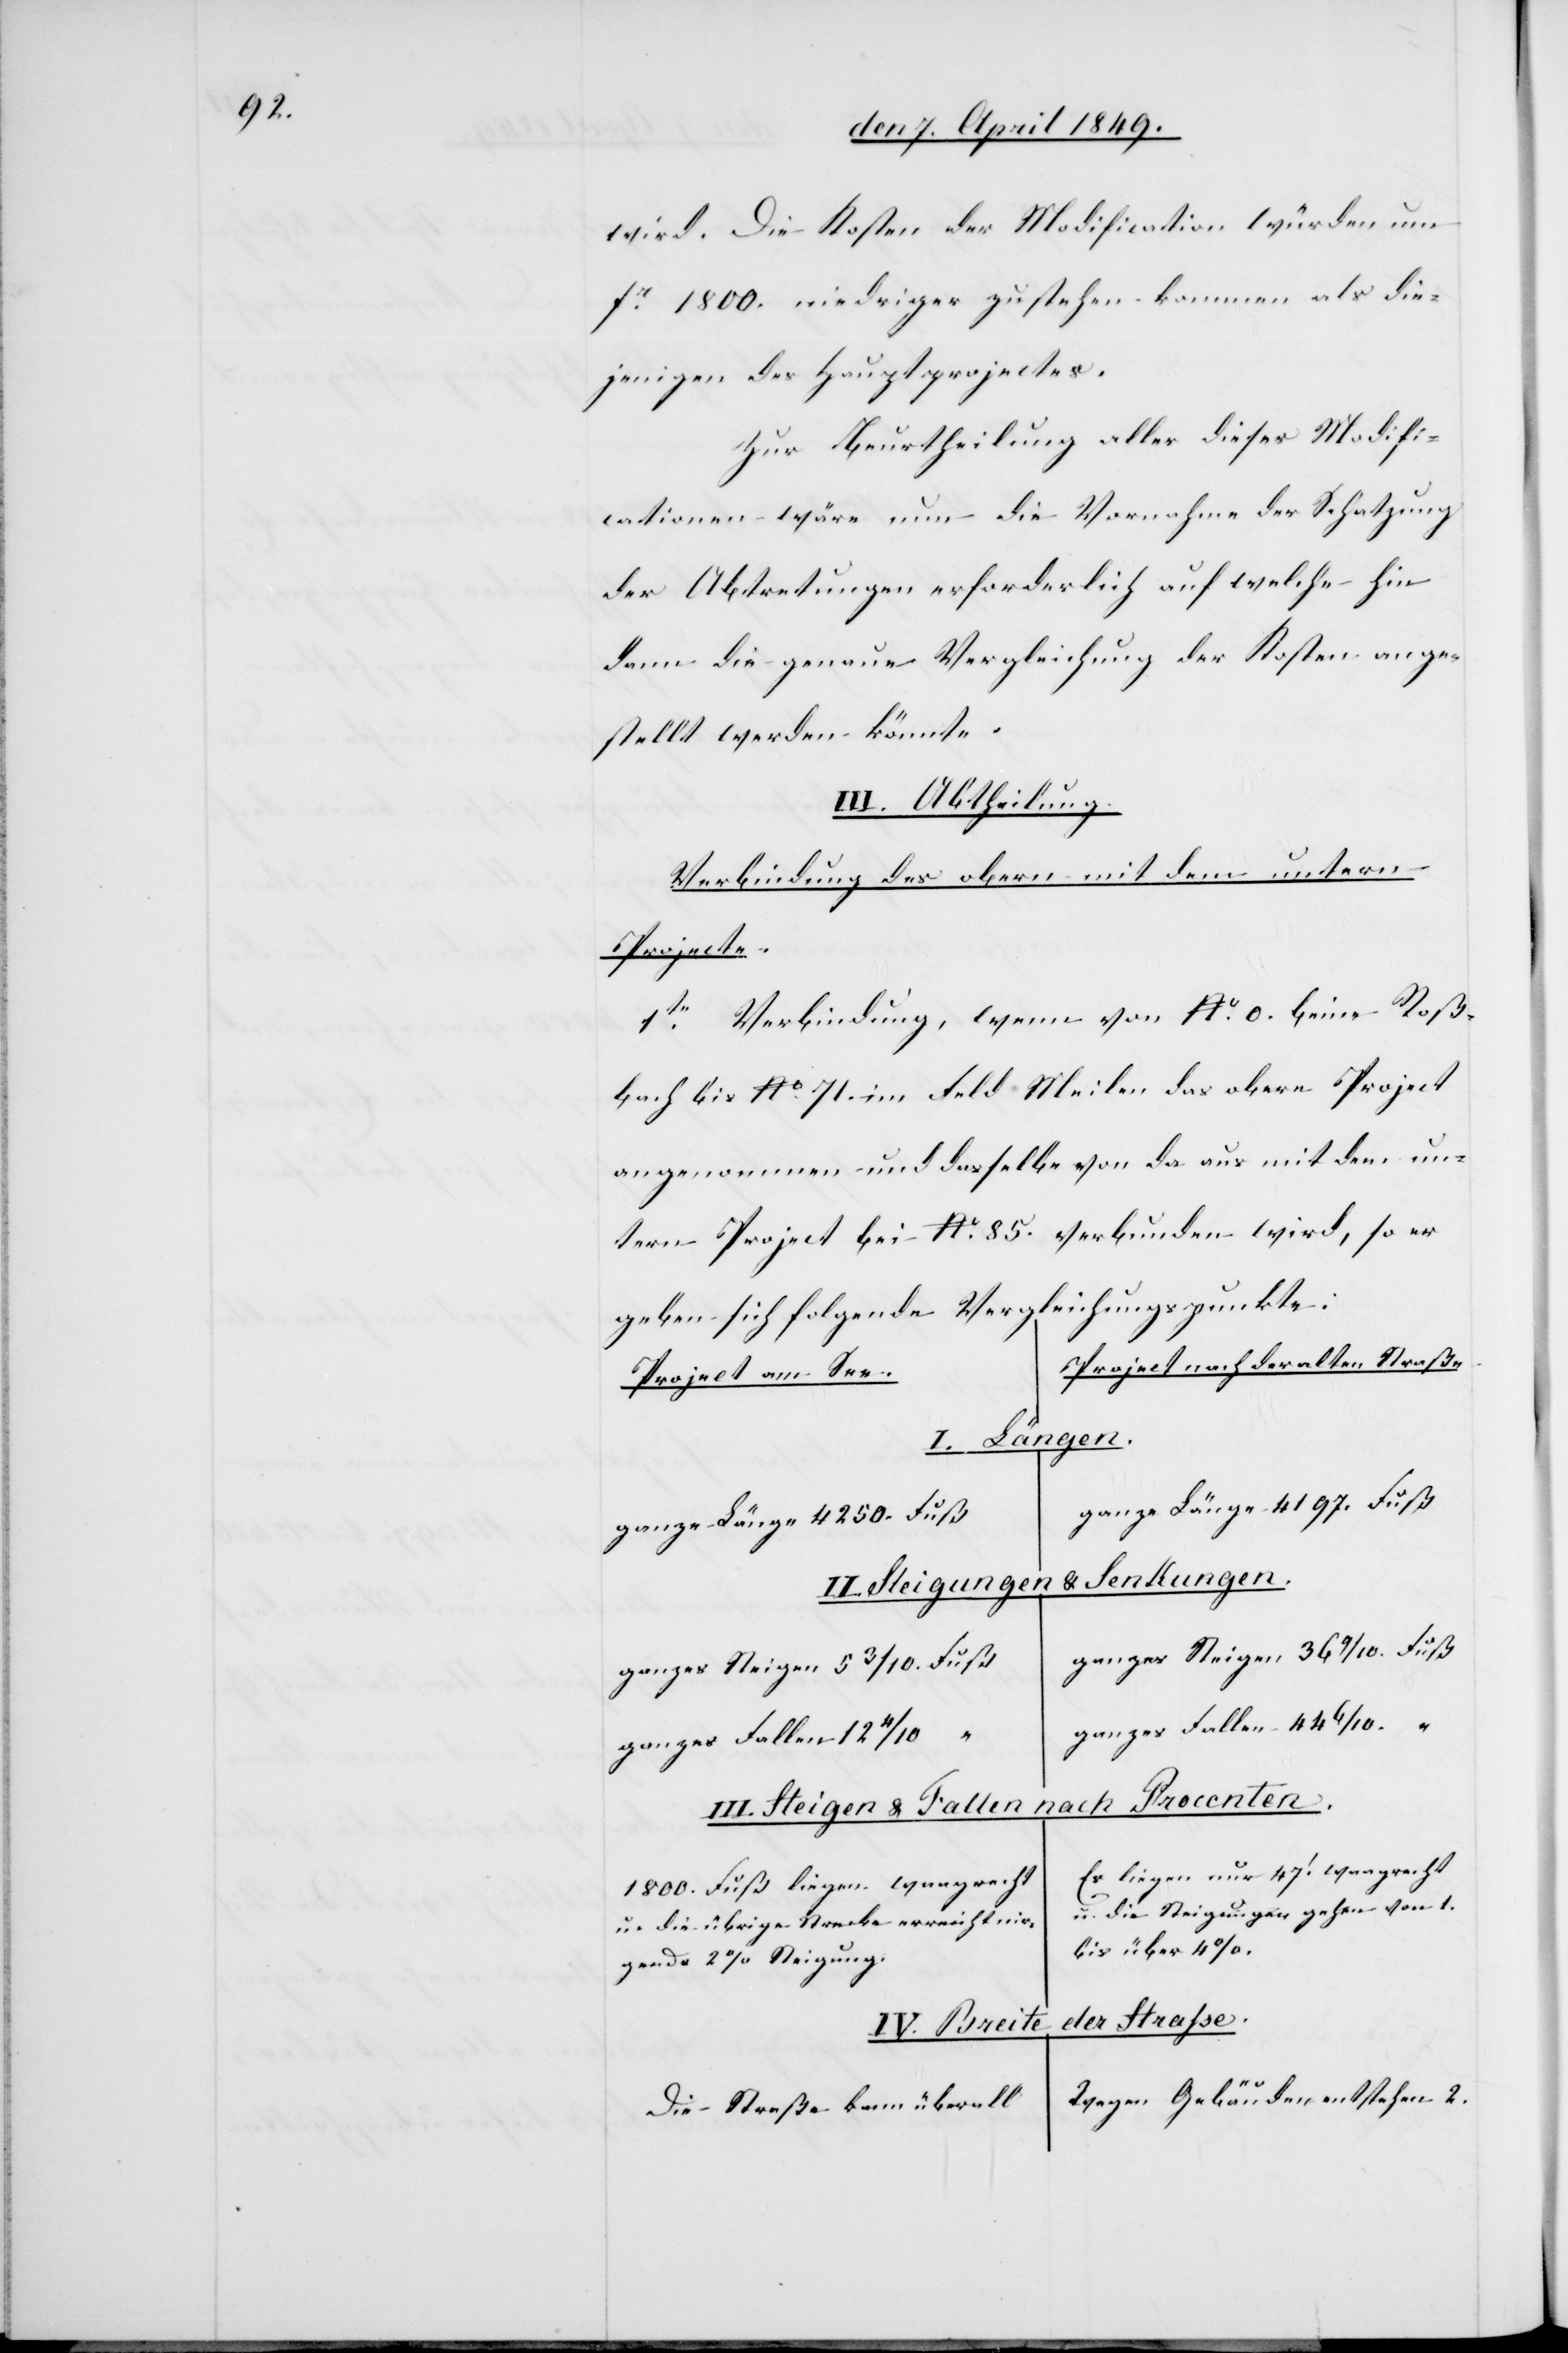
wird. Die Kosten der Modifikationen würden um
fr 1800. niedriger zustehen kommen als die¬
jenigen des Hauptprojectes.
Zur Beurtheilung aller dieser Modifi¬
cationen wäre nun die Vornahme der Schatzung
der Abtretungen erforderlich auf welche hin
dann die genaue Vergleichung der Kosten ange¬
stellt werden könnte.
III. Abtheilung.
Verbindung des obern mit dem untern
Projecte.
1te Verbindung, wenn von No 0. beim Roß¬
bach bis No 71. im Feld Meilen das obere Project
angenommen und dasselbe von da aus mit dem un¬
tern Project bei No 85. verbunden wird, so er¬
geben sich folgende Vergleichungspunkte:
Project nach der alten Straße
Project am See.
erhalten.
20.
ganze Länge 4197. Fuß
ganze Länge 4250. Fuß
& Lenkungen.
II. Steigungen
ganzes Steigen 36 9/10. Fuß
ganzes Fallen 44 6/10. “
III. Steigen & Fallen nach Procenten.
Es liegen nur 47‘ waagrecht
1800. Fuß liegen waagrecht
u. die übrige Strecke erreicht nir¬
bis über 4 %.
gends 2 % Steigung.
der Strasse.
IV. Breite
Wegen Gebäuden entstehen 2.
Die Straße kann überall